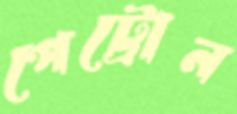
পেট্রোন